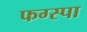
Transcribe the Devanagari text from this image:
फग्स्पा